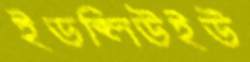
ইডব্লিউইউ